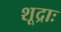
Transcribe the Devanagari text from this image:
शूद्राः